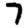
Digit: 7